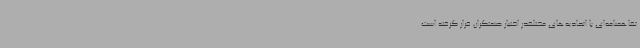
تفاهمنامه‌ای با اتحادیه‌های مختلفدر اختیار صنعتگران قرار گرفته است.